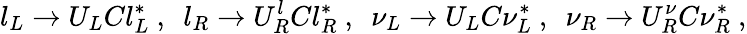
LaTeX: l_{L}\rightarrow U_{L}Cl_{L}^{*}~,~~l_{R}\rightarrow U_{R}^{l}Cl_{R}^{*}~,~~\nu_{L}\rightarrow U_{L}C\nu_{L}^{*}~,~~\nu_{R}\rightarrow U_{R}^{\nu}C\nu_{R}^{*}~,